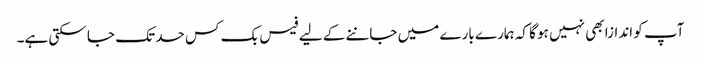
آپ کو اندازا بھی نہیں ہو گا کہ ہمارے بارے میں جاننے کے لیے فیس بک کس حد تک جا سکتی ہے۔